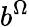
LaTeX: b^{\Omega}